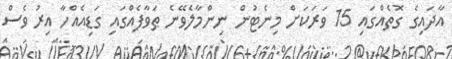
އާދައިގެ ގޮތެއްގައި 15 ވަރަކަށް މިނެޓުން ނިންމާލެވޭނެ ޠަވާފެއްގައި ގަޑިއެއްހާ އިރު ވެސް